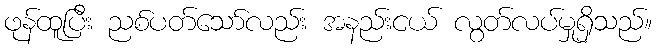
ဖုန်ထူပြီး ညစ်ပတ်သော်လည်း အနည်းငယ် လွတ်လပ်မှုရှိသည်။